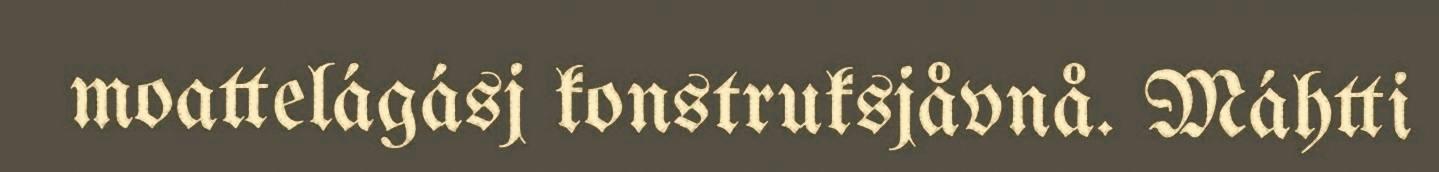
moattelágásj konstruksjåvnå. Máhtti